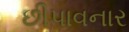
છીપાવનાર